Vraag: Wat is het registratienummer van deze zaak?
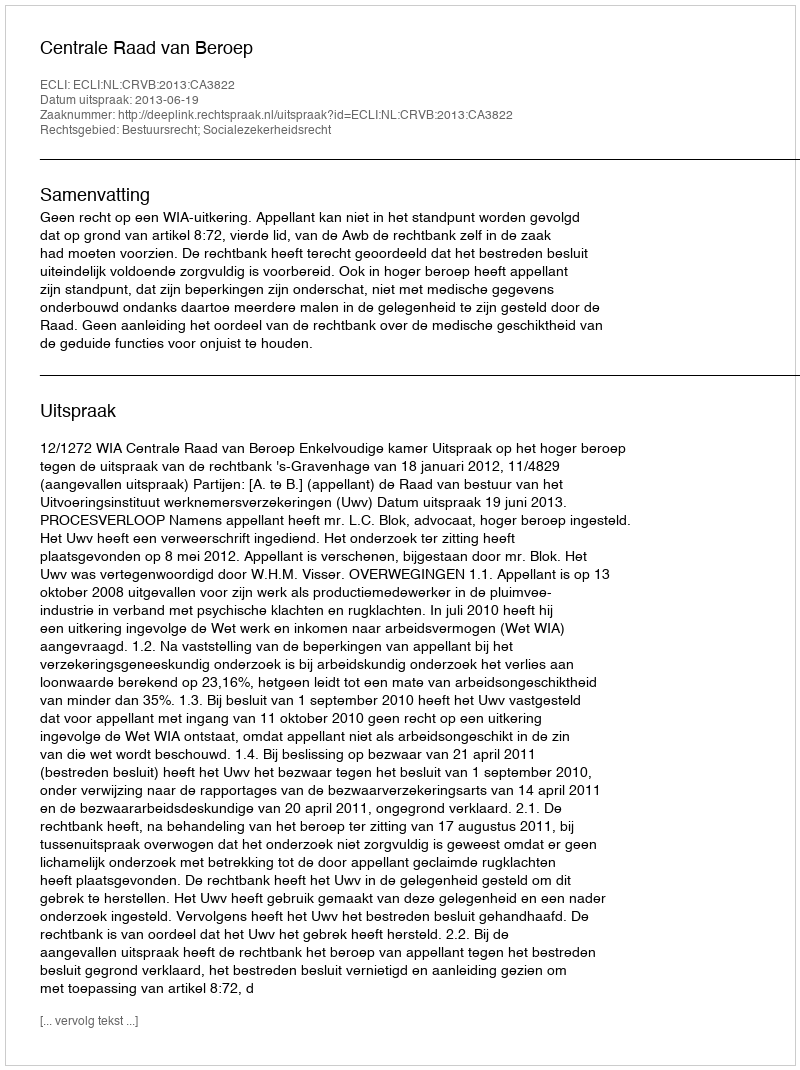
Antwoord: http://deeplink.rechtspraak.nl/uitspraak?id=ECLI:NL:CRVB:2013:CA3822